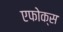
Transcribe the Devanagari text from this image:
एफोक्स